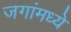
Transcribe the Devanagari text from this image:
जगांमध्ये